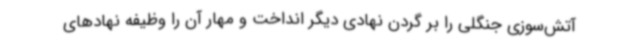
آتش‌سوزی جنگلی را بر گردن نهادی دیگر انداخت و مهار آن را وظیفه نهادهای